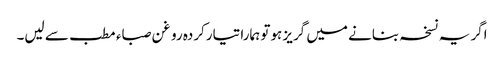
اگر یہ نسخہ بنانے میں گریز ہوتو ہمارا تیارکردہ روغن صباء مطب سے لیں۔